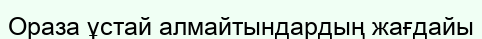
Ораза ұстай алмайтындардың жағдайы